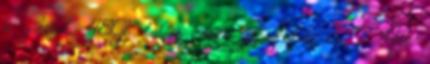
a játékot 48Gb talán már játszhatok is ? Hát